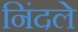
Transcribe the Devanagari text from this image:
निंदले